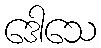
ဒေါသေ